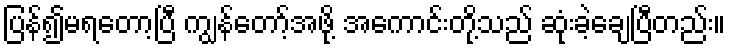
ပြန်၍မရတော့ပြီ ကျွန်တော့်အဖို့ အကောင်းတို့သည် ဆုံးခဲ့ချေပြီတည်း။